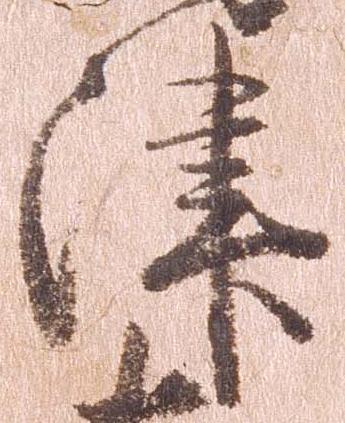
津